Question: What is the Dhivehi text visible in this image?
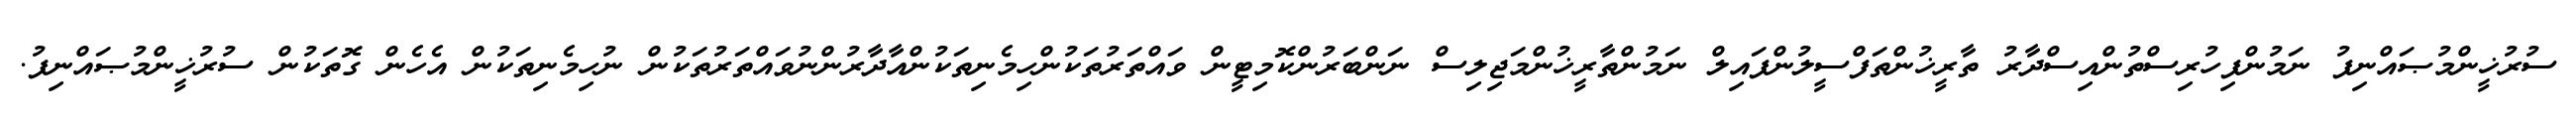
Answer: ސުރުޚީންމުޞައްނިފު ނަމުންފިހުރިސްތުންއިސްދާރު ތާރީޚުންތަފްސީލުންފައިލް ނަމުންތާރީޚުންމަޖިލިސް ނަންބަރުންކޮމިޓީން ވައްތަރުތަކުންހިމެނިތަކުންއާދާރުންނުވައްތަރުތަކުން ނުހިމެނިތަކުން އެހެން ގޮތަކުން ސުރުޚީންމުޞައްނިފު.